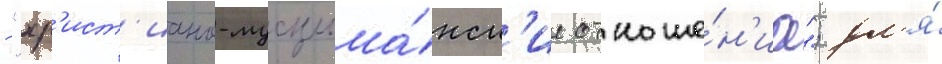
- "хр'ист'иано-мусульма́нск'ие отноше́н'иа"; дл'я́